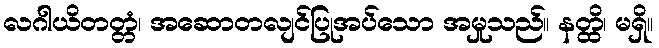
လဂါယိတတ္တံ၊ အဆောတလျင်ပြုအပ်သော အမှုသည်။ နတ္ထိ၊ မရှိ။